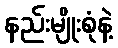
နည်းမျိုးစုံနဲ့